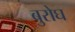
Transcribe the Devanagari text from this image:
बुरोघ